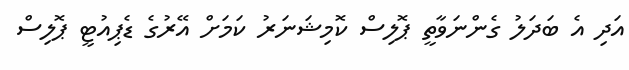
އަދި އެ ބަދަލު ގެންނަވާތީ ޕޮލިސް ކޮމިޝަނަރު ކަމަށް އޭރުގެ ޑެޕިއުޓީ ޕޮލިސް